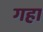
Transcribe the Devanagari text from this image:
गहा